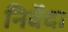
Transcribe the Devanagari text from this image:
निर्वेदा